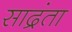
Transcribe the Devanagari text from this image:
साद्रंता